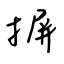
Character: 摒